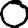
Digit: 0